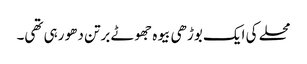
محلے کی ایک بوڑھی بیوہ جھوٹے برتن دھو رہی تھی۔